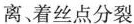
离、着丝点分裂